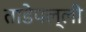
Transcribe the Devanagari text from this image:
ताडेपल्ली